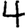
Digit: 4